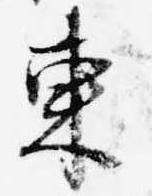
東